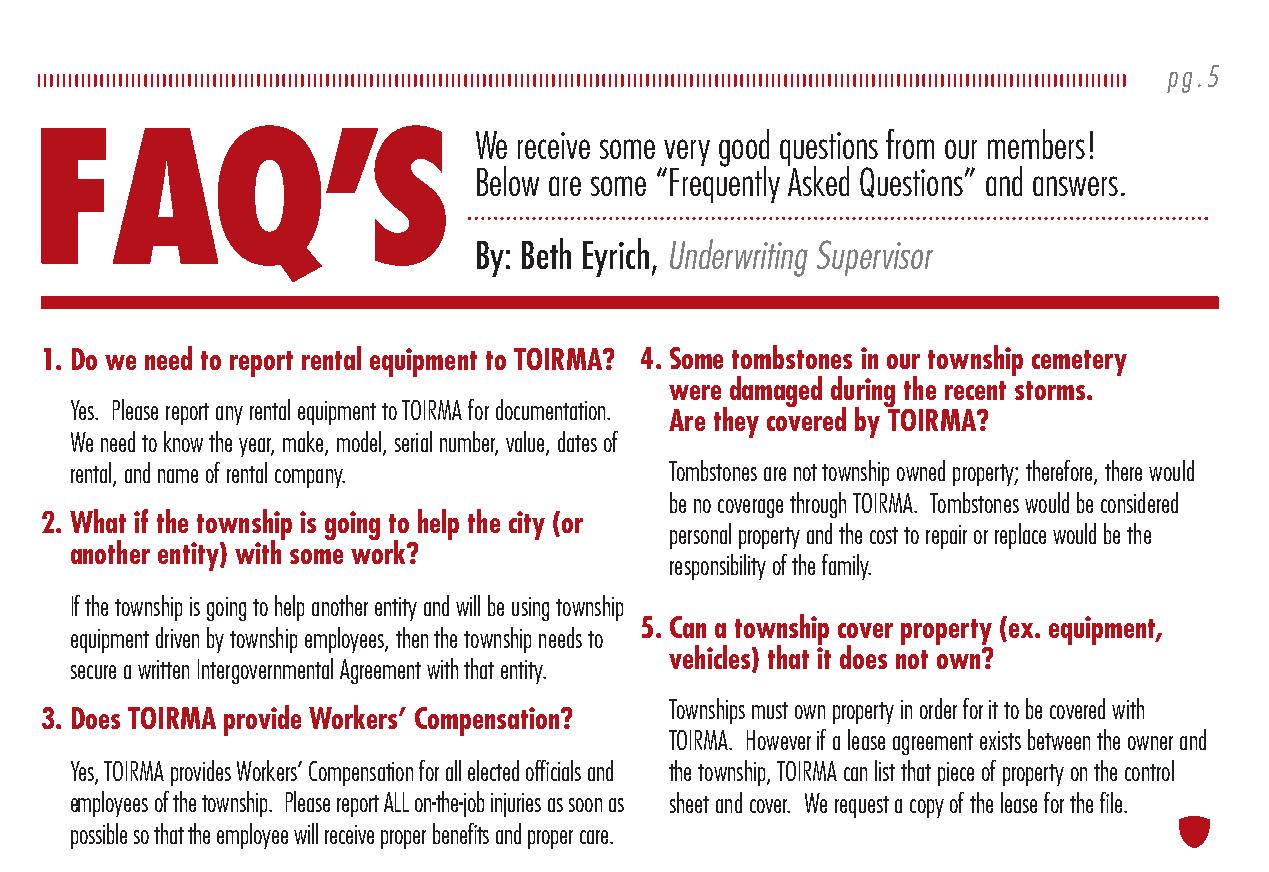
TOIRMA NEWS partnering with townships pg.4                                   pg.5
 FAQ’S                         We receive some very good questions from our members!
 TOIRMA ADDS CYBER LIABILITY COVERAGES Below are some “Frequently Asked Questions” and answers.
 By: Beth Eyrich, Underwriting Supervisor
 1. Do we need to report rental equipment to TOIRMA? 4. Some tombstones in our township cemetery
 were damaged during the recent storms.
 Yes. Please report any rental equipment to TOIRMA for documentation.
 Are they covered by TOIRMA?
 We need to know the year, make, model, serial number, value, dates of
 rental, and name of rental company.    Tombstones are not township owned property; therefore, there would
 be no coverage through TOIRMA. Tombstones would be considered
 2. What if the township is going to help the city (or
 personal property and the cost to repair or replace would be the
 another entity) with some work?
 responsibility of the family.
 If the township is going to help another entity and will be using township
 5. Can a township cover property (ex. equipment,
 equipment driven by township employees, then the township needs to
 vehicles) that it does not own?
 secure a written Intergovernmental Agreement with that entity.
 Townships must own property in order for it to be covered with
 3. Does TOIRMA provide Workers’ Compensation?
 TOIRMA. However if a lease agreement exists between the owner and
 Yes, TOIRMA provides Workers’ Compensation for all elected officials and the township, TOIRMA can list that piece of property on the control
 employees of the township. Please report ALL on-the-job injuries as soon as sheet and cover. We request a copy of the lease for the file.
 possible so that the employee will receive proper benefits and proper care.
 TOIRMA     PROGRAM        MANUAL
 TOIRMA published a new Program Manual this year. We started mailing
 them around the middle of May to the contact person. If you are the contact
 person and have not received a new TOIRMA Program Manual by the middle
 of June, please call or e-mail Debbie Prentice at (217) 444-1204
 or dprentice@ccmsi.com.
 When you receive the 2017 Declaration pages and the 2017 Summary of
 Coverages in June, they should be inserted in the TOIRMA Program Manual
 after the appropriate tab (Declaration Pages or Summary of Coverages).
 This is the fifth manual published since the inception of the TOIRMA
 Program in 1986.